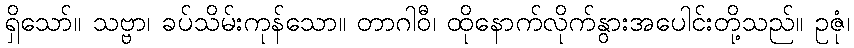
ရှိသော်။ သဗ္ဗာ၊ ခပ်သိမ်းကုန်သော။ တာဂါဝီ၊ ထိုနောက်လိုက်နွားအပေါင်းတို့သည်။ ဥဇုံ၊